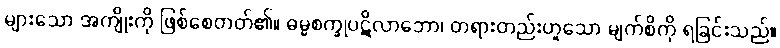
များသော အကျိုးကို ဖြစ်စေတတ်၏။ ဓမ္မစက္ခုပဋိလာဘော၊ တရားတည်းဟူသော မျက်စိကို ရခြင်းသည်။